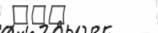
١٦٥